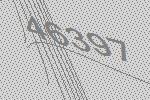
46397